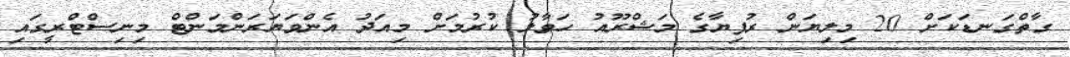
ގާތްގަނޑަކަށް 20 މިލިޔަން ރުފިޔާގެ މަޝްރޫއު ހަވާލު ކުރުމަށް މިއަދު އެންވަޔަރަންމަންޓް މިނިސްޓްރީގައި